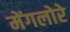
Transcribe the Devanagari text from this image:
मेंगलोरे